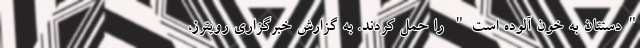
"دستتان به خون آلوده است" را حمل کردند. به گزارش خبرگزاری رویترز،